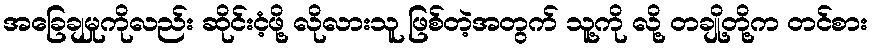
အခြေချမှုကိုလည်း ဆိုင်းငံ့ဖို့ လိုလားသူ ဖြစ်တဲ့အတွက် သူ့ကို လို့ တချို့တို့က တင်စား